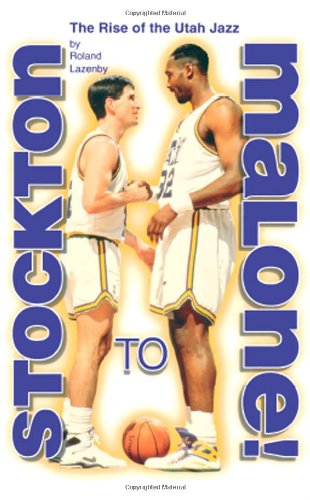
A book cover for Stockton to Malone: The Rise of the Utah Jazz; Roland Lazenby; Sports & Outdoors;